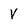
Character: V